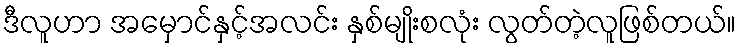
ဒီလူဟာ အမှောင်နှင့်အလင်း နှစ်မျိုးစလုံး လွတ်တဲ့လူဖြစ်တယ်။